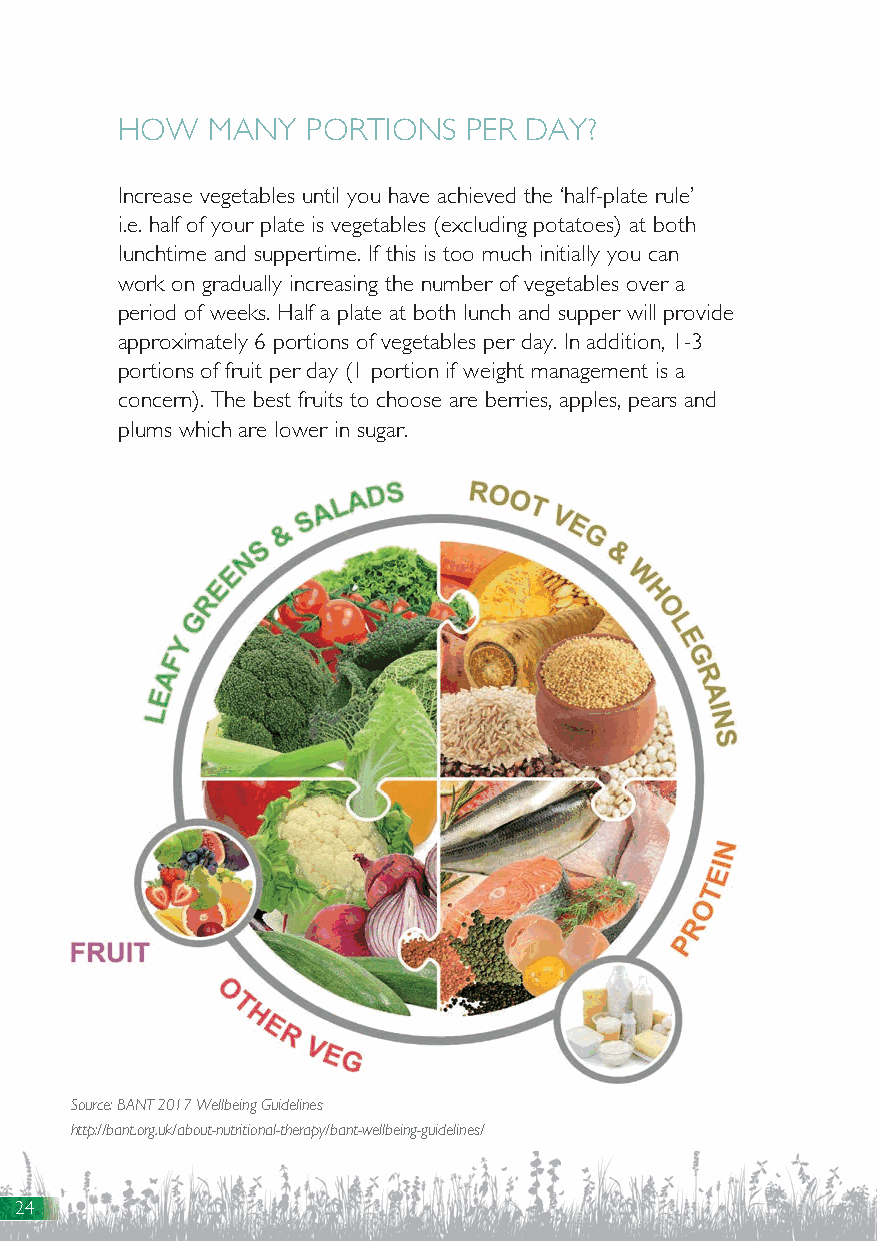
HOW   MANY  PORTIONS   PER DAY?
 Increase vegetables until you have achieved the ‘half-plate rule’
 i.e. half of your plate is vegetables (excluding potatoes) at both
 lunchtime and suppertime. If this is too much initially you can
 work on gradually increasing the number of vegetables over a
 period of weeks. Half a plate at both lunch and supper will provide
 approximately 6 portions of vegetables per day. In addition, 1-3
 portions of fruit per day (1 portion if weight management is a
 concern). The best fruits to choose are berries, apples, pears and
 plums which are lower in sugar.
 Source: BANT 2017 Wellbeing Guidelines
 http://bant.org.uk/about-nutritional-therapy/bant-wellbeing-guidelines/
 24